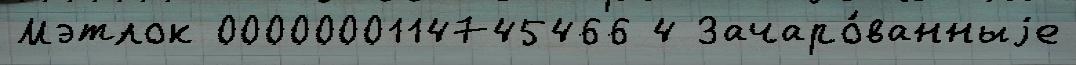
Мэтлок 0000000114745466 4 Зачаро́ванныjе